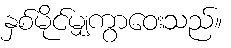
နှစ်မိုင်မျှကွာဝေးသည်။